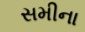
સમીના